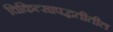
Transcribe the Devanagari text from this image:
चिकित्सापद्धतीतील